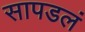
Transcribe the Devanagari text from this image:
सापडलं